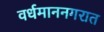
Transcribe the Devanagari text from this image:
वर्धमाननगरात